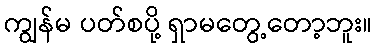
ကျွန်မ ပတ်စပို့ ရှာမတွေ့တော့ဘူး။